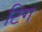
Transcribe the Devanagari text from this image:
टिग